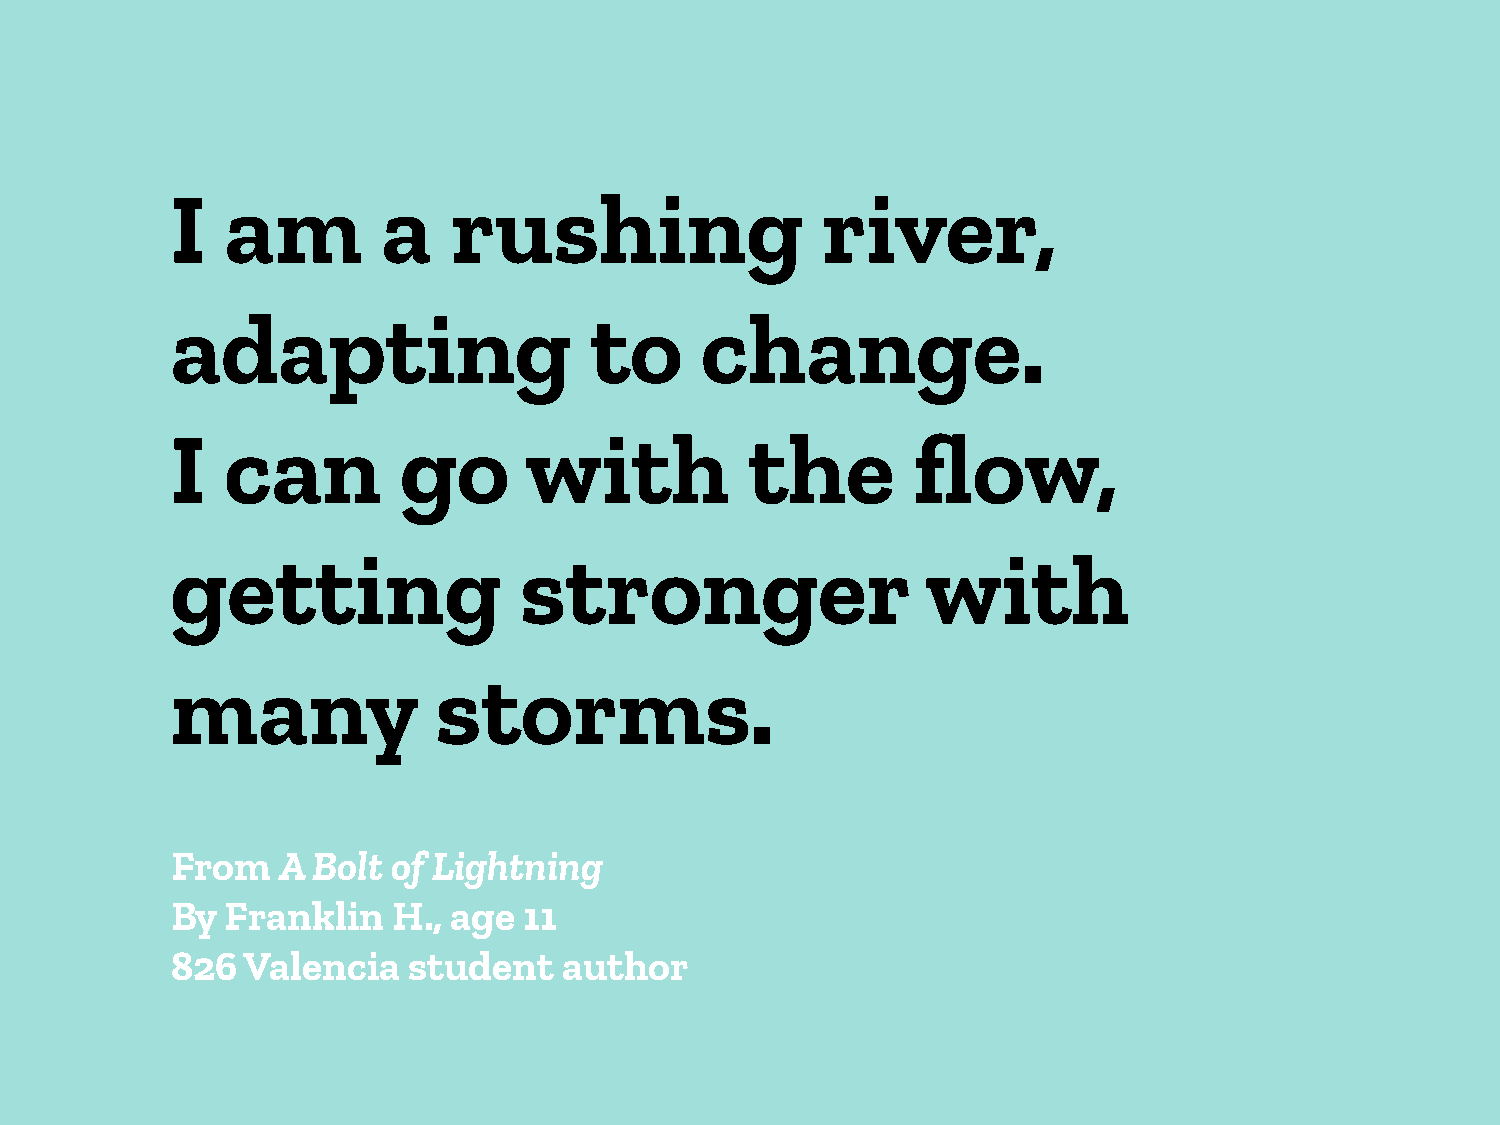
I   am        a    rushing                 river,
 adapting                    to     change.
 I   can        go       with           the       flow,
 getting                stronger                   with
 many              storms.
 From   A  Bolt of Lightning
 By  Franklin   H., age  11
 826  Valencia   student   author